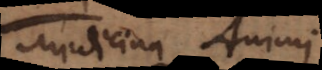
Medicina Animi.